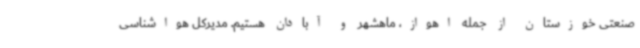
صنعتی خوزستان از جمله اهواز، ماهشهر و آبادان هستیم. مدیرکل هواشناسی